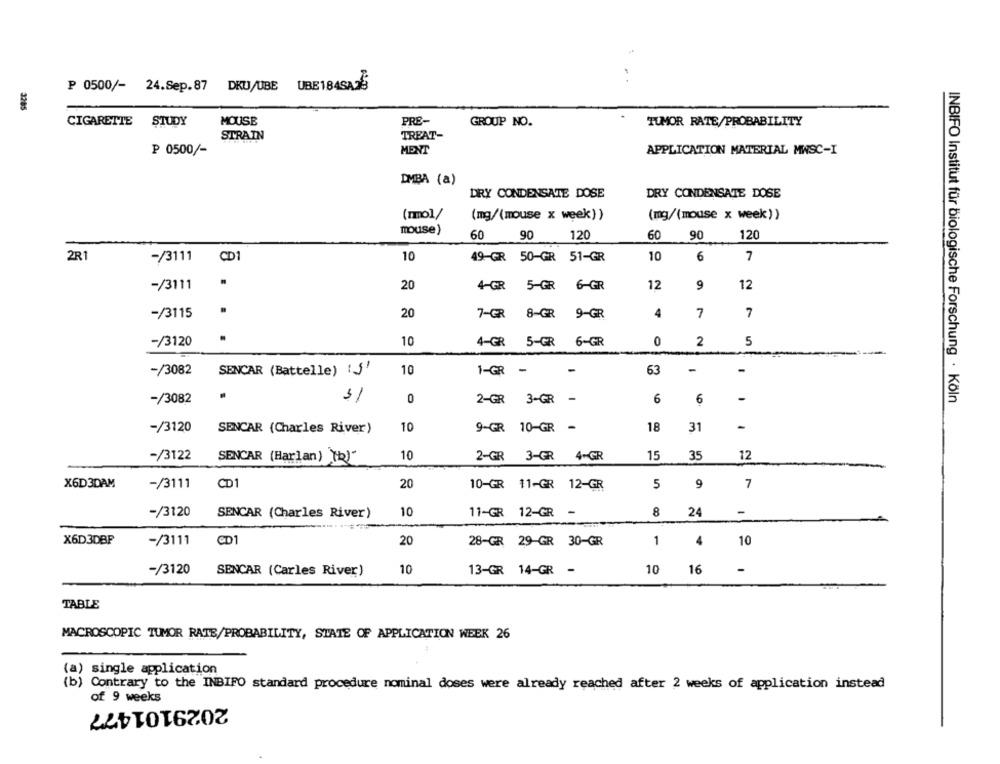
..
P 0500/- 24.Sep.87 DKU/UBE UBE184SAIS
3285
CIGARETTE STUDY
MOUSE
PRE-
GROUP NO.
TUMOR RATE/PROBABILITY
STRAIN
TREAT-
₱ 0500/-
MENT
APPLICATION MATERIAL MWSC-I
IMBA (a)
DRY CONDENSATE DOSE
DRY CONDENSATE DOSE
(rmol/
(mg/(mouse x week))
(mg/(mouse x week))
mouse)
0 90
120
60
90
120
2R1
-/3111
CD
10
49-GR 50-GR 51-GR
10
6
7
-/3111
20
4-GR 5-GR 6-GR
12
9
12
20
4
7
7
-/3115
7-GR 8-GR 9-GR
-/3120
10
4-GR 5-GR 6-GR
0
2
5
-/3082
SENCAR (Battelle) (3'
10
1-GR-
-
63
-
-
31
-
-
-/3082
0
2-GR
3-GR
6
6
INBIFO Institut für biologische Forschung · Köln
-/3120
SENCAR (Charles River)
10
9-GR 10-GR
-
18
31
-
-/3122
10
2-GR 3-GR 4-GR
15
35
12
SENCAR (Harlan) Tb)"
X6D3DAM
-/3111
CD1
20
10-GR 11-GR 12-GR
5
9
7
-/3120
10
11-GR 12-GR -
8
24
SENCAR (Charles River)
X6D3DBP
-/3111
CD1
20
28-GR 29-GR 30-GR
1
4
10
-/3120
SENCAR (Carles River)
10
13-GR 14-GR -
10
16
-
TABLE
MACROSCOPIC TUMOR RATE/PROBABILITY, STATE OF APPLICATION WEEK 26
(a) single application
(b) Contrary to the INBIFO standard procedure nominal doses were already reached after 2 weeks of application instead
of 9 weeks
2029101477